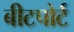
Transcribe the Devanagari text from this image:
बीटपोर्ट